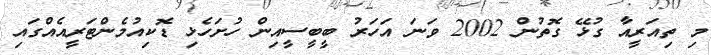
މި ތިއަރީއާ ގުޅޭ ގޮތުން 2002 ވަނަ އަހަރު ބީބީސީއިން ހުށަހެޅި ޑޮކިއުމެންޓަރީއެއްގައި